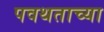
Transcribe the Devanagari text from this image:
पवथताच्या